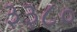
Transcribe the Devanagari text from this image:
३३८०